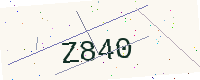
Text: Z840